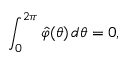
\int _ { 0 } ^ { 2 \pi } \hat { \varphi } ( \theta ) \, d \theta = 0 ,